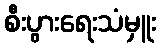
စီးပွားရေးသံမှူး